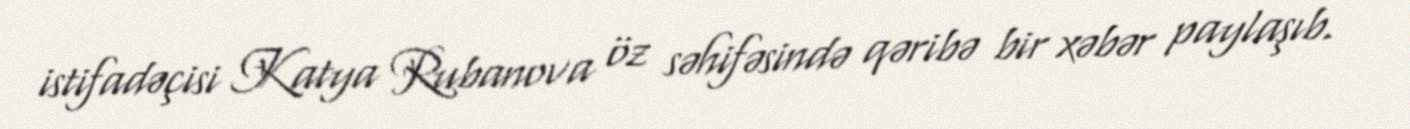
istifadəçisi Katya Rubanova öz səhifəsində qəribə bir xəbər paylaşıb.